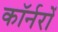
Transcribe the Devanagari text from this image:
कॉर्नरों